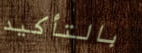
بالتأكيد